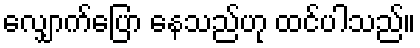
လျှောက်ပြော နေသည်ဟု ထင်ပါသည်။